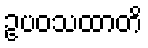
ဥပဝသထာတိ